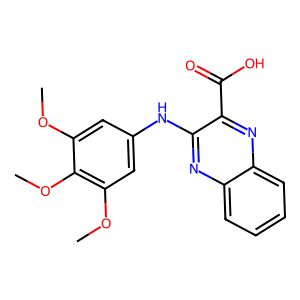
SMILES: COc1cc(Nc2nc3ccccc3nc2C(=O)O)cc(OC)c1OC
Inhibits HIV replication: No